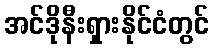
အင်ဒိုနီးရှားနိုင်ငံတွင်